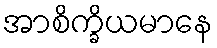
အာစိက္ခိယမာနေ